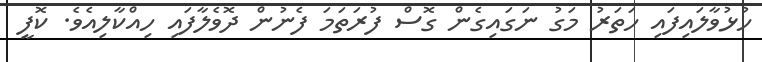
ހުޅުވާލައިފައި ހަތަރު މަގު ނަގައިގެން ގޮސް ފުރަތަމަ ފެނުން ދޮވެލާފައި ހިއްކާލިއެވެ. ކޮފީ